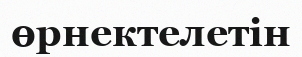
өрнектелетін